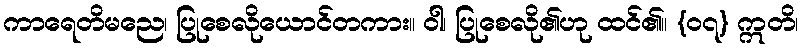
ကာရေတိမညေ၊ ပြုစေလိုယောင်တကား။ ဝါ၊ ပြုစေလို၏ဟု ထင်၏။ {၀၇} ဣတိ၊